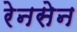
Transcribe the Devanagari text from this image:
रेनसेन